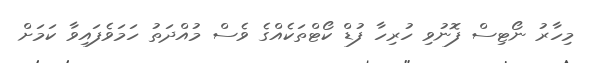
މިހާރު ނޯޓިސް ފޮނުވި ހުރިހާ ފުޑް ކޯޓްތަކެއްގެ ވެސް މުއްދަތު ހަމަވެފައިވާ ކަމަށް